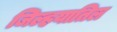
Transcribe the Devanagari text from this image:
जिल्हयातिल